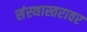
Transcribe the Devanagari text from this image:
संस्थास्तरावर